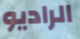
الراديو